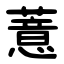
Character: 薏